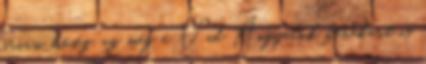
óriási hőség, az még a Vad Angyalok zenekart is